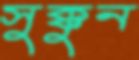
সুক্কুন